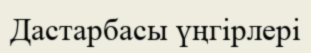
Дастарбасы үңгірлері